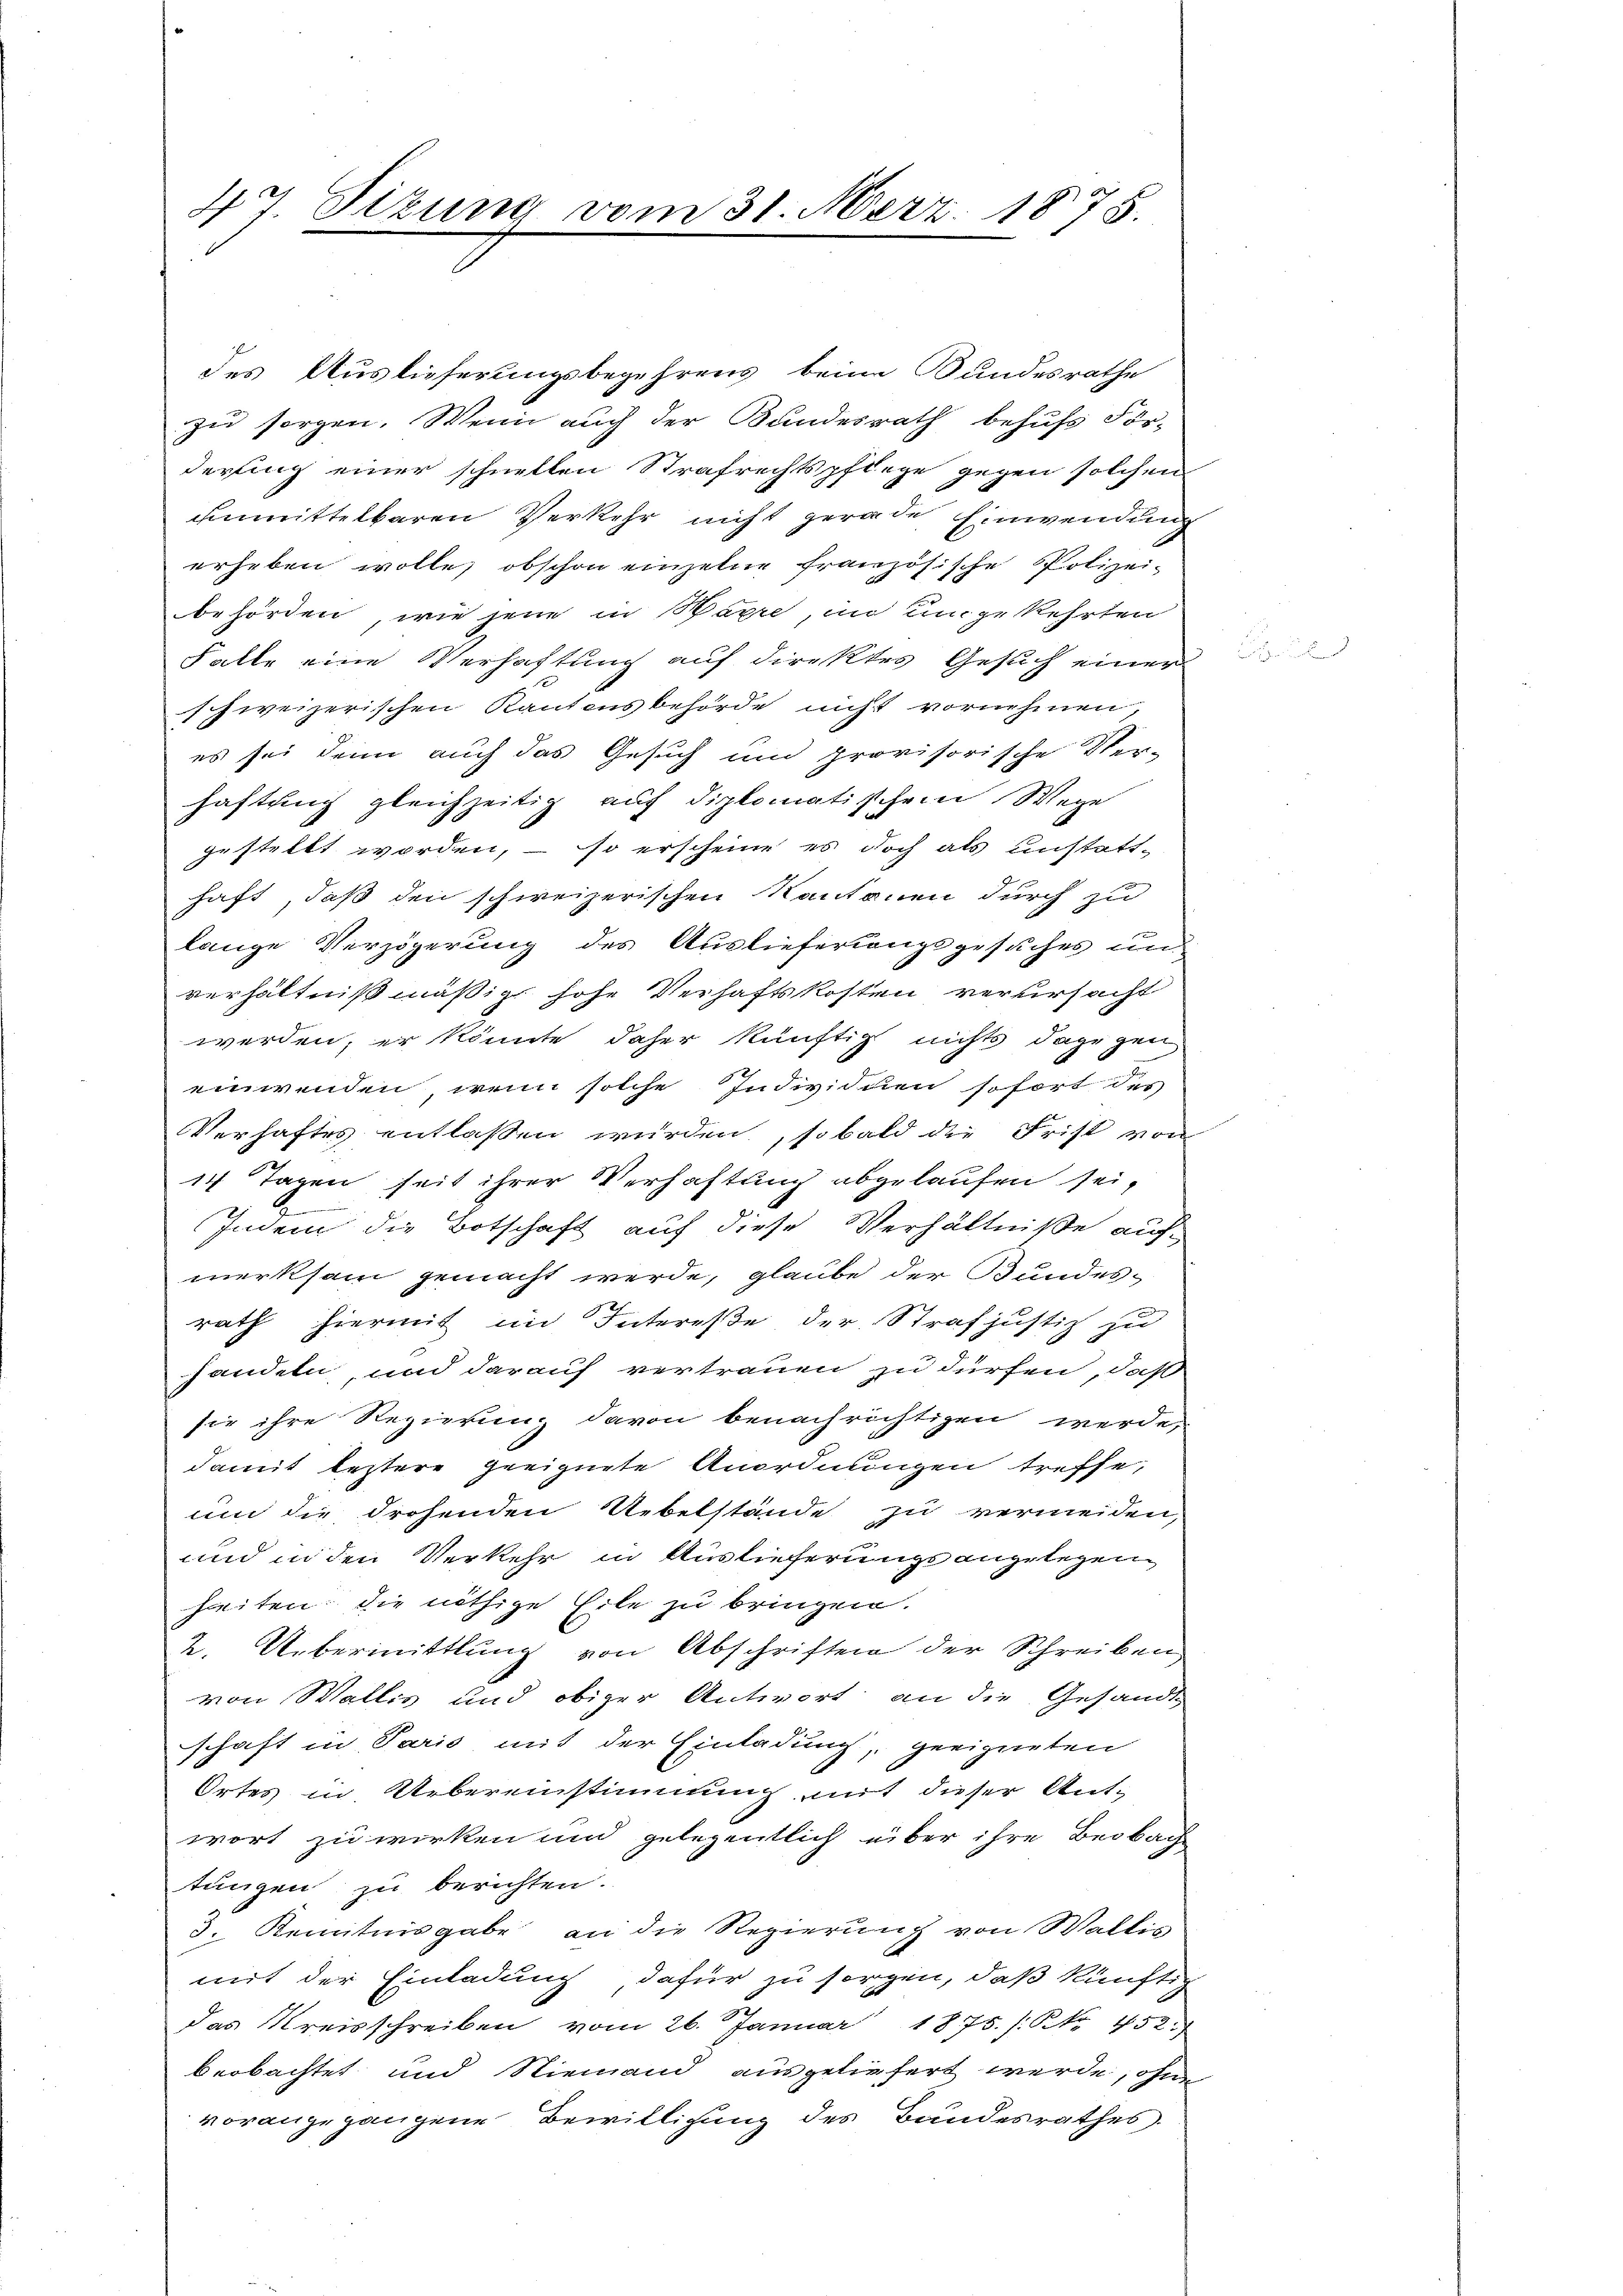
47. Sizung vom 31. Merz. 1875.

des Auslieferungsbegehrens beim Bundesrathe
zu sorgen. Wenn auch der Bundesrath behufs För-
derling einer schnellen Strafrechtspflege gegen solchen
unmittelbaren Verkehr nicht gerade Einwendung
erheben wolle, obschon einzelne französische Polizeibehörden, wie jene in Warre, in umgekehrten
Falle eine Verhaftung auf direktes Gesuch einer
schweizerischen Kantonsbehörde nicht vornehmen,
es sei denn auch das Gesuch und provisorische Ver-
haftung gleichzeitig auf diplomatischem Wege
gestellt worden, – so erscheine es doch als unstatthaft, daß den schweizerischen Kantonen durch zu
lange Verzögerung des Auslieferungsgesuches und
verhältnißmäßig hohe Verhaftskosten verursacht
werden, er könnte daher künftig nichts dagegen
einwenden, wenn solche Individuen sofort des
Verhaftes entlaßen wurden, sobald die Frist von
14 Tagen seit ihrer Verhaftung abgelaufen sei,

Indem die Botschaft auf diese Verhältniße aufmerksam gemacht werde, glaube der Bundes-
rath hiermit im Intereße der Strafjustiz zu
handeln, und darauf vertrauen zu dürfen, daß
sie ihre Regierung davon benachrichtigen werde,
damit leztere geeignete Anordnungen treffe,
und die drohenden Uebelstände zu vermeiden,
und in den Verkehr in Auslieferungsangelegen
heiten, die nöthige Eile zu bringen.
2. Übermittlung von Abschriften der Schreiben
von Wallis und obiger Antwort an die Gesandt
schaft in Paris mit der Einladung, geeigneten
Ortes in Uebereinstimmung mit dieser Antwort zu wirken und gelegentlich über ihre Beobache
tungen zu berichten.
3. Kenntnisgabe an die Regierung von Wallis
mit der Einladung, dafür zu sorgen, daß künftig
Das Kreisschreiben vom 26. Januar 1875. /: No 152.
beobachtet und Niemand ausgeliefert werde, ohne
vorangegangene Bewilligung des Bandesrathes.